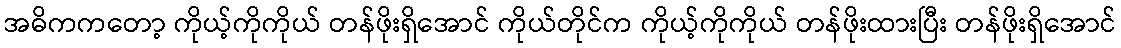
အဓိကကတော့ ကိုယ့်ကိုကိုယ် တန်ဖိုးရှိအောင် ကိုယ်တိုင်က ကိုယ့်ကိုကိုယ် တန်ဖိုးထားပြီး တန်ဖိုးရှိအောင်